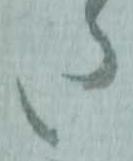
た